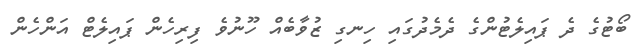
ބޯޓުގެ ދެ ޕައިލެޓުންގެ ދެމެދުގައި ހިނގި ޒުވާބެއް ހޫނުވެ ފިރިހެން ޕައިލެޓް އަންހެން